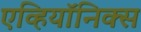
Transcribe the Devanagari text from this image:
एव्हियॉनिक्स